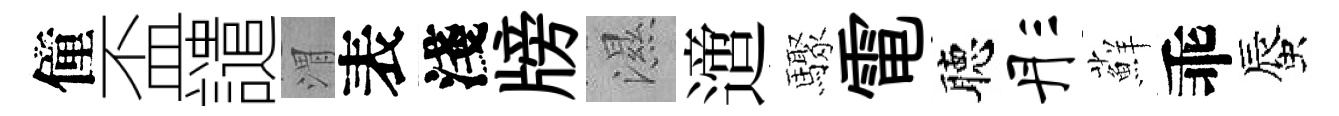
僮盃譴渭表淺牓濕𨗁驟電聴彤蘚乖蜃